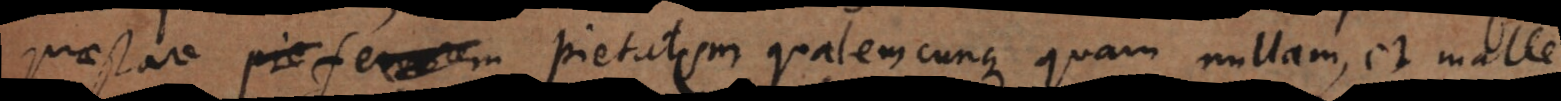
praestare pie fervorem pietatem qualemcunque quam nullam, et malle